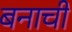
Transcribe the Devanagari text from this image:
बनाची